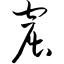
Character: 窟